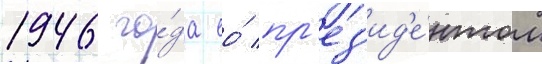
1946 го́да ео́ пр'ез'ид'е́нтом